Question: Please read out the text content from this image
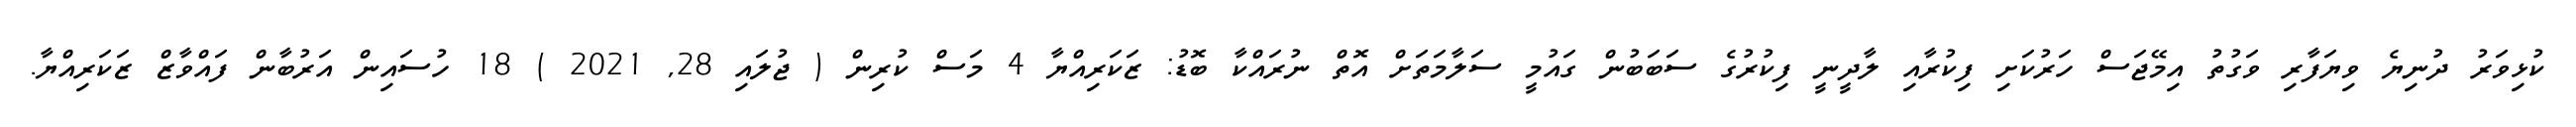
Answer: ކުޅިވަރު ދުނިޔެ ވިޔަފާރި ވަގުތު އިމޭޖަސް ހަރުކަށި ފިކުރާއި ލާދީނީ ފިކުރުގެ ސަބަބުން ގައުމީ ސަލާމަތަށް އޮތް ނުރައްކާ ބޮޑު: ޒަކަރިއްޔާ 4 މަސް ކުރިން ( ޖުލައި 28, 2021 ) 18 ހުސައިން އަރުބާން ފައްވާޒް ޒަކަރިއްޔާ.